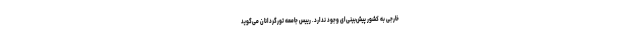
خارجی به کشور پیش‌بینی‌ای وجود ندارد. رییس جامعه تورگردانان می‌گوید